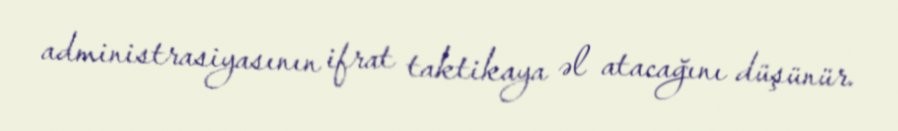
administrasiyasının ifrat taktikaya əl atacağını düşünür.